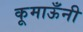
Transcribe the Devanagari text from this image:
कूमाऊँनी